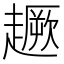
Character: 𧽸